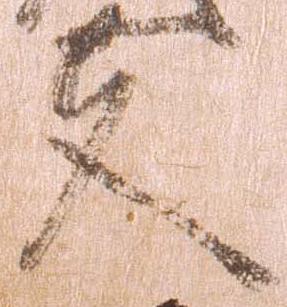
夫